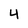
Character: 4